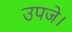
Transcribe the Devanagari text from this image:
उपजे।